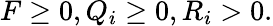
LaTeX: F\geq 0,Q_{i}\geq 0,R_{i}>0.